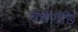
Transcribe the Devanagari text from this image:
वंशीपछि